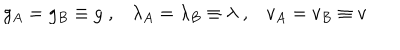
g _ { A } = g _ { B } \equiv g \; , \lambda _ { A } = \lambda _ { B } \equiv \lambda \; , v _ { A } = v _ { B } \equiv v